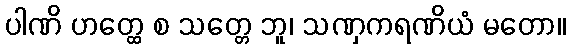
ပါဏိ ဟတ္ထေ စ သတ္တေ ဘူ၊ သဏှကရဏိယံ မတော။